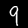
Digit: 9